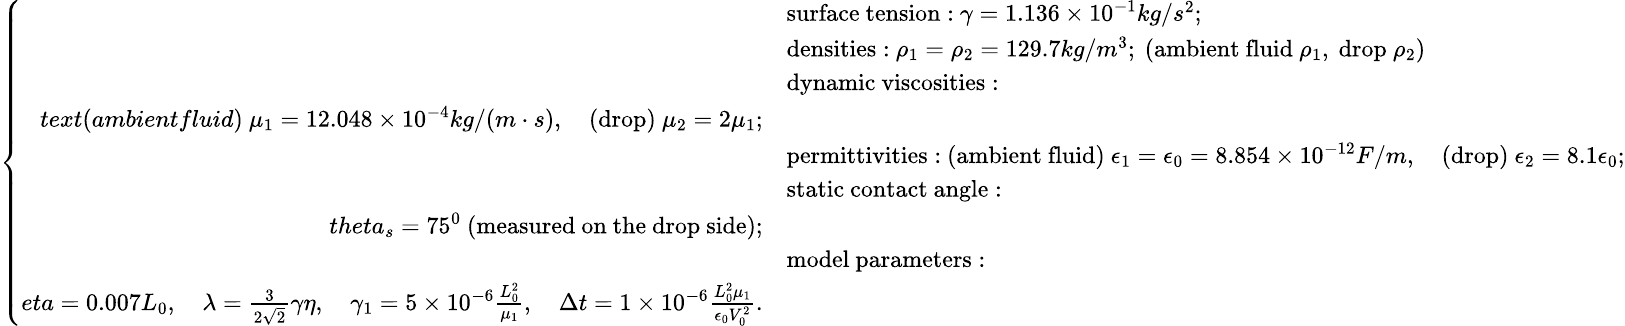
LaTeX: \small\left\{ \begin{array}{rl}&{\mathrm{surface~tension:}\ \gamma=1.136\times 10^{-1}kg/s^{2};}\\ &{\mathrm{densities:}\ \rho_{1}=\rho_{2}=129.7kg/m^{3};\ (\mathrm{ambient~fluid}\ \rho_{1},\ \mathrm{drop}\ \rho_{2})}\\ &{\mathrm{dynamic~viscosities:}}\\ {text{(ambientfluid)}\ \mu_{1}=12.048\times 10^{-4}kg/(m\cdot s),\quad\mathrm{(drop)}\ \mu_{2}=2\mu_{1};}\\ &{\mathrm{permittivities:}\ \mathrm{(ambient~fluid)}\ \epsilon_{1}=\epsilon_{0}=8.854\times 10^{-12}F/m,\quad\mathrm{(drop)}\ \epsilon_{2}=8.1\epsilon_{0};}\\ &{\mathrm{static~contact~angle:}}\\ {theta_{s}=75^{0}\ \mathrm{(measured~on~the~drop~side)};}\\ &{\mathrm{model~parameters:}}\\ {eta=0.007L_{0},\quad\lambda=\frac{3}{2\sqrt{2}}\gamma\eta,\quad\gamma_{1}=5\times 10^{-6}\frac{L_{0}^{2}}{\mu_{1}},\quad\Delta t=1\times 10^{-6}\frac{L_{0}^{2}\mu_{1}}{\epsilon_{0}V_{0}^{2}}.}\end{array}\right.